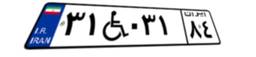
۳۱W۰۳۱۸۴